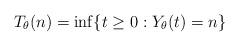
LaTeX: \begin{align*} T_{\theta}(n)=\inf\{t\geq 0: Y_{\theta}(t)=n\}\end{align*}